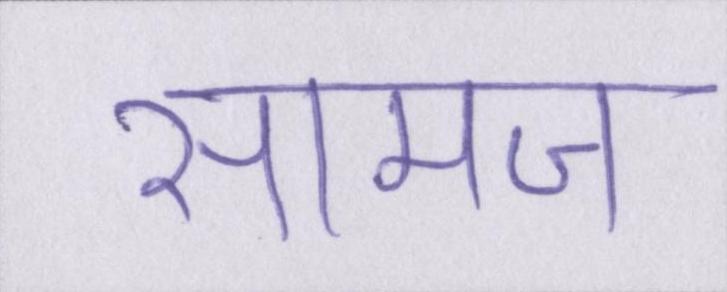
सामज